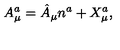
A _ { \mu } ^ { a } = \hat { A } _ { \mu } n ^ { a } + X _ { \mu } ^ { a } ,